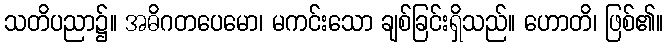
သတိပညာ၌။ အဓိဂတပေမော၊ မကင်းသော ချစ်ခြင်းရှိသည်။ ဟောတိ၊ ဖြစ်၏။